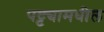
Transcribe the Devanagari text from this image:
पट्ट्यामधील